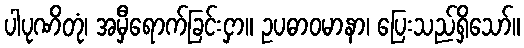
ပါပုဏိတုံ၊ အမှီရောက်ခြင်းငှာ။ ဥပဓာဝမာနာ၊ ပြေးသည်ရှိသော်။